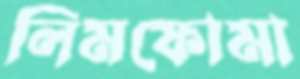
লিমফোমা